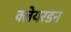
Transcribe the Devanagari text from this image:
क्लेयरडन